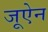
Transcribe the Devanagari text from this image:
जूऐन